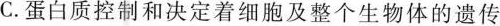
C.蛋白质控制和决定着细胞及整个生物体的遗传